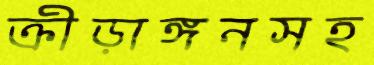
ক্রীড়াঙ্গনসহ